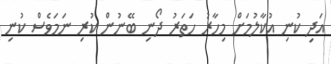
އަދި ކުނި އުކާލުމަށް މިހާރު ހަތަރު ދޯނި ބޭނުން ކުރި ނަމަވެސް ކުނި